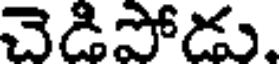
చెడిపోడు.